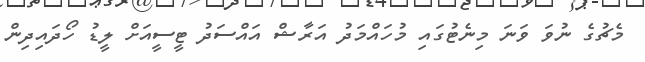
މެޗުގެ ނުވަ ވަނަ މިނެޓުގައި މުހައްމަދު އަރާޝް އައްސަދު ޓީސީއަށް ލީޑު ހޯދައިދިން